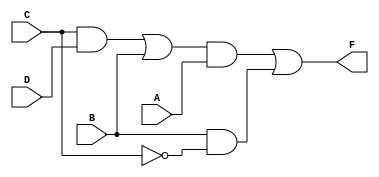
module Fig_3_20a_CA (F, A, B, C, D);
	output F;
	input A, B, C, D;
	wire w1, w2, w3, w4;
	assign w1 = C && D;
	assign w2 = w1 || B;
	assign w3 = !(w2 && A);
	assign w4 = !w3;
	assign w5 = !(B && (!C));
	assign w5_bar = !w5;
	assign F = (w4 || w5_bar);
endmodule